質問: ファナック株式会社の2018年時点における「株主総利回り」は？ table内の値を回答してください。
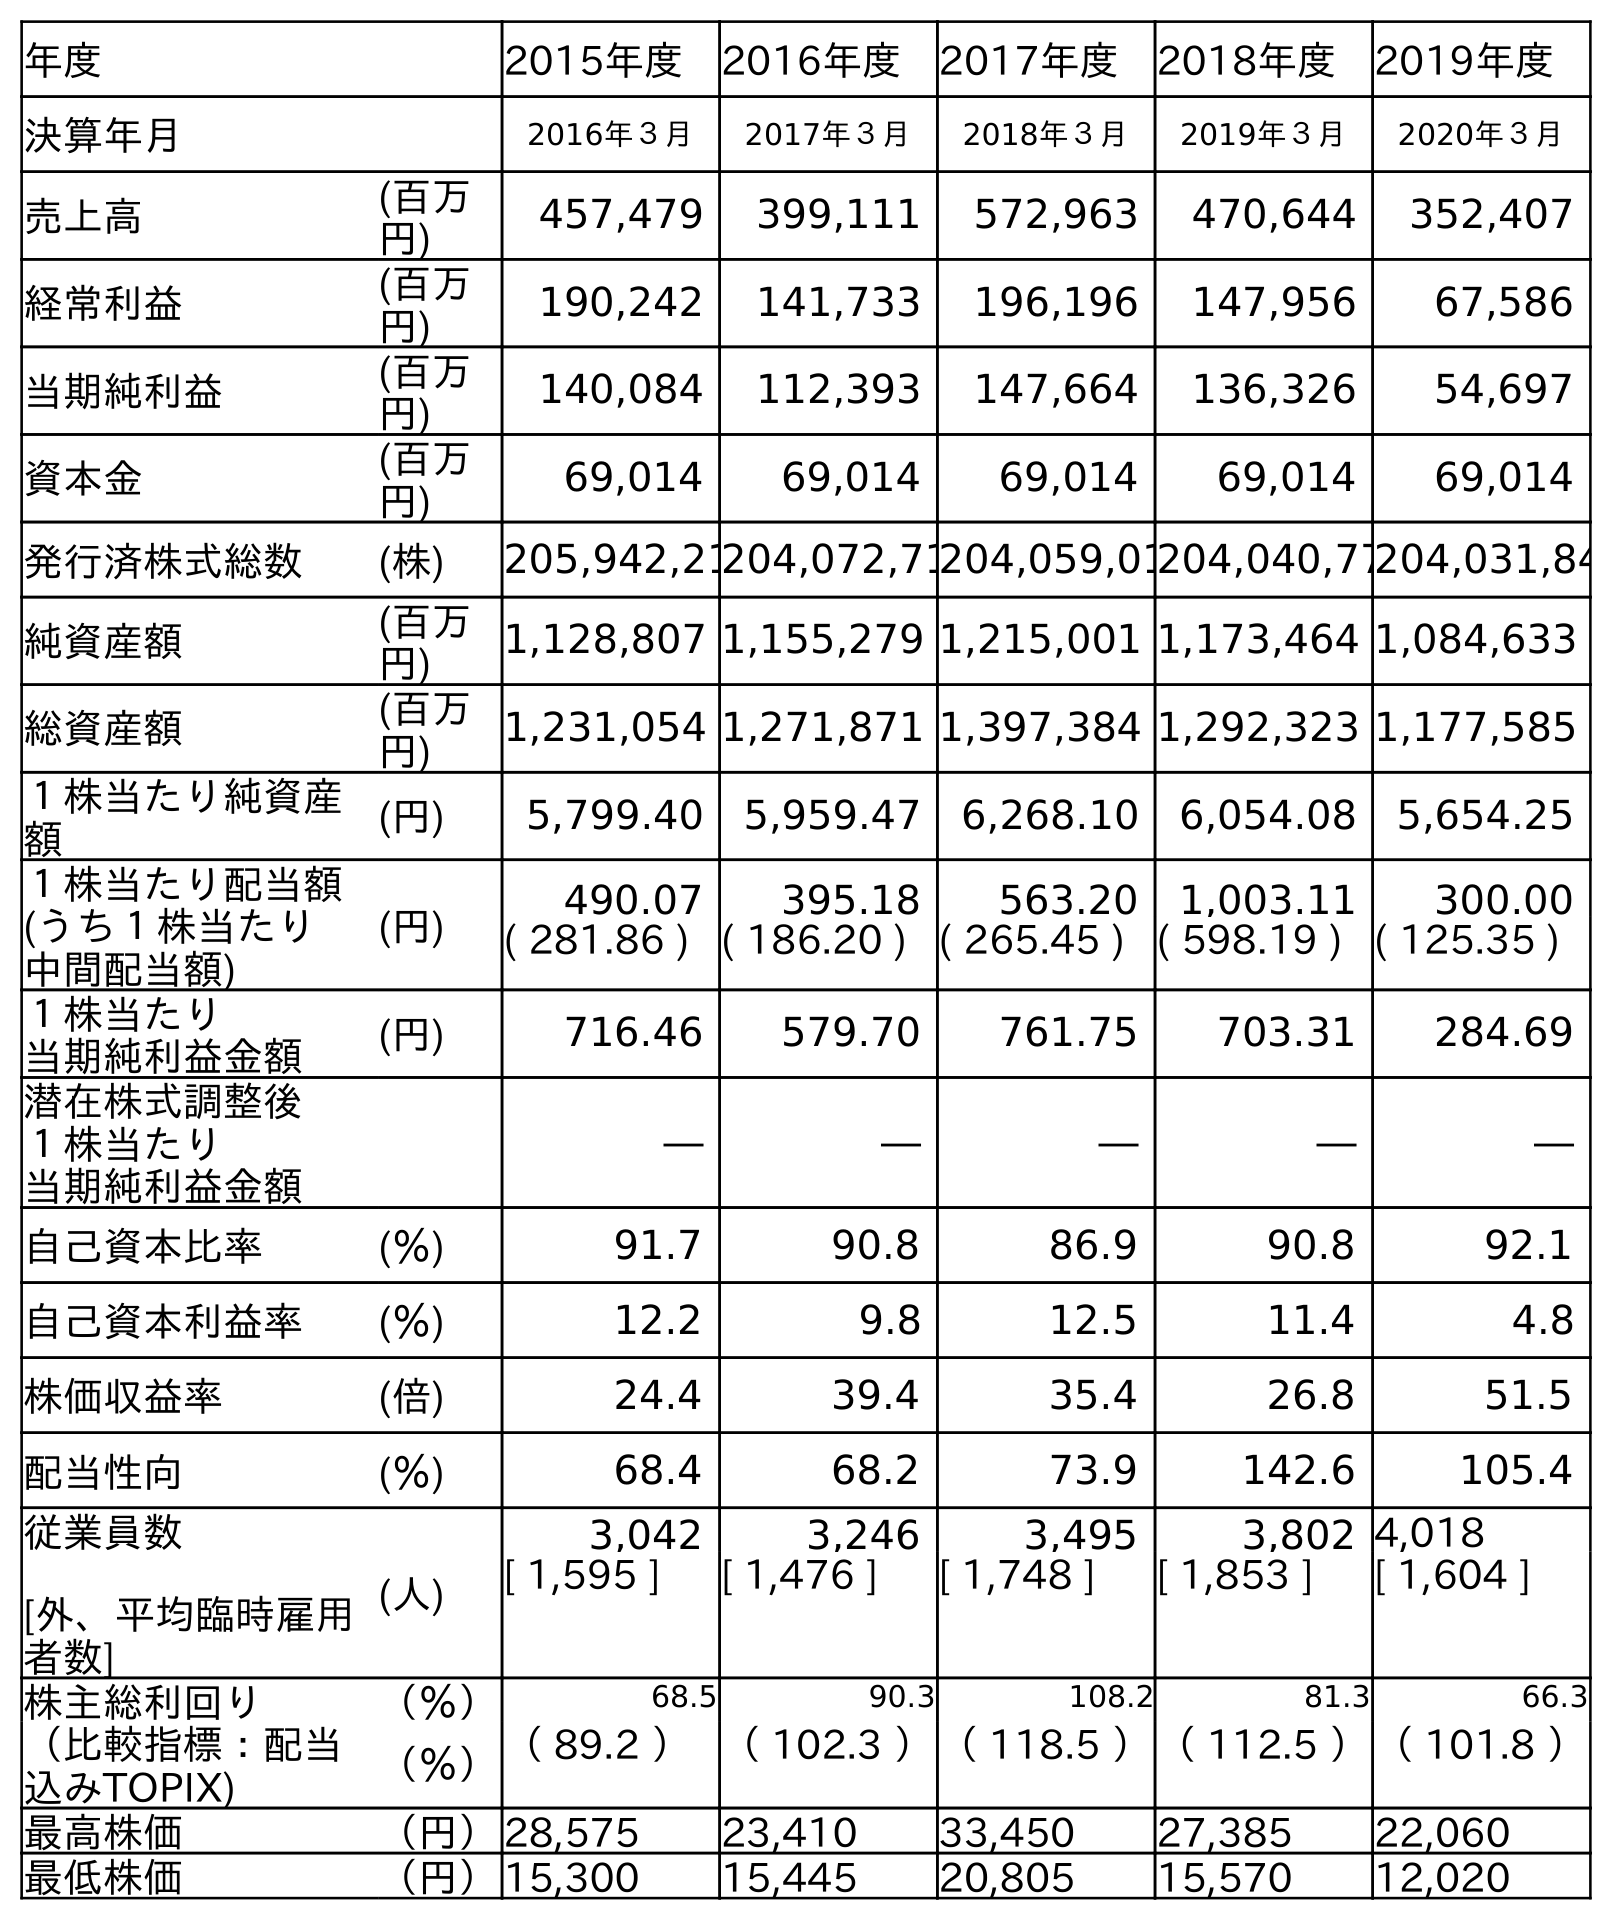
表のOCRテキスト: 年度 2015年度 2016年度 2017年度 2018年度 2019年度 決算年月 2016年３月 2017年３月 2018年３月 2019年３月 2020年３月 売上高 (百万 円) 457,479 399,111 572,963 470,644 352,407 経常利益 (百万 円) 190,242 141,733 196,196 147,956 67,586 当期純利益 (百万 円) 140,084 112,393 147,664 136,326 54,697 資本金 (百万 円) 69,014 69,014 69,014 69,014 69,014 発行済株式総数 (株) 205,942,21204,072,71204,059,01204,040,77204,031,84 純資産額 (百万 円) 1,128,807 1,155,279 1,215,001 1,173,464 1,084,633 総資産額 (百万 円) 1,231,054 1,271,871 1,397,384 1,292,323 1,177,585 １株当たり純資産 額 (円) 5,799.40 5,959.47 6,268.10 6,054.08 5,654.25 １株当たり配当額 (うち１株当たり 中間配当額) (円) 490.07 395.18 563.20 1,003.11 300.00 ( 281.86 ) ( 186.20 ) ( 265.45 ) ( 598.19 ) ( 125.35 ) １株当たり 当期純利益金額 (円) 716.46 579.70 761.75 703.31 284.69 潜在株式調整後 １株当たり 当期純利益金額 ― ― ― ― ― 自己資本比率 (％) 91.7 90.8 86.9 90.8 92.1 自己資本利益率 (％) 12.2 9.8 12.5 11.4 4.8 株価収益率 (倍) 24.4 39.4 35.4 26.8 51.5 配当性向 (％) 68.4 68.2 73.9 142.6 105.4 従業員数 [外、平均臨時雇用 者数] (人) 3,042 3,246 3,495 3,802 4,018 [ 1,595 ] [ 1,476 ] [ 1,748 ] [ 1,853 ] [ 1,604 ] 株主総利回り （％） 68.5 90.3 108.2 81.3 66.3 （比較指標：配当 込みTOPIX) （％）（ 89.2 ）（ 102.3 ）（ 118.5 ）（ 112.5 ）（ 101.8 ） 最高株価 （円）28,575 23,410 33,450 27,385 22,060 最低株価 （円）15,300 15,445 20,805 15,570 12,020
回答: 108.2